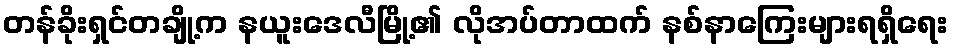
တန်ခိုးရှင်တချို့က နယူးဒေလီမြို့၏ လိုအပ်တာထက် နစ်နာကြေးများရရှိရေး